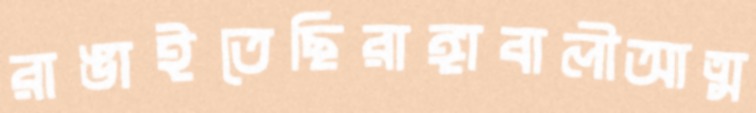
রাঙাইতেছিরাঙ্গাবালীআত্ম